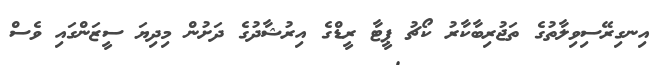
އިނގިރޭސިވިލާތުގެ ތަޖުރިބާކާރު ކޯޗު ޕީޓާ ރީޑްގެ އިރުޝާދުގެ ދަށުން މިދިޔަ ސީޒަންގައި ވެސް